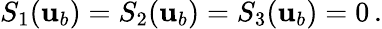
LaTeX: S_{1}({\mathbf{u}}_{b})=S_{2}({\mathbf{u}}_{b})=S_{3}({\mathbf{u}}_{b})=0\, .